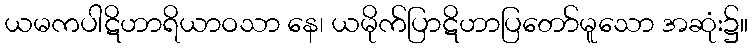
ယမကပါဋိဟာရိယာဝသာ နေ၊ ယမိုက်ပြာဋိဟာပြတော်မူသော အဆုံး၌။